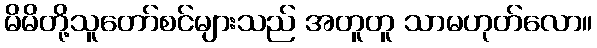
မိမိတို့သူတော်စင်များသည် အတူတူ သာမဟုတ်လော။